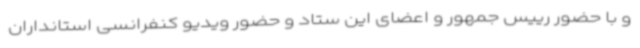
و با حضور رییس جمهور و اعضای این ستاد و حضور ویدیو کنفرانسی استانداران